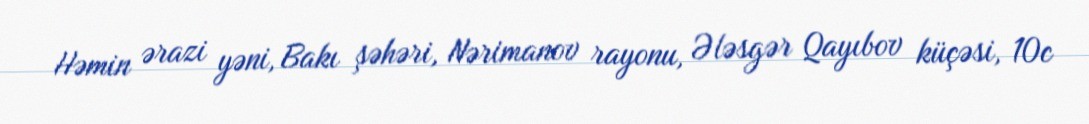
Həmin ərazi yəni, Bakı şəhəri, Nərimanov rayonu, Ələsgər Qayıbov küçəsi, 10c